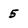
Character: 5